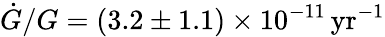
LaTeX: \dot{G}/G=(3.2\pm 1.1)\times 10^{-11}\, \mathrm{yr}^{-1}